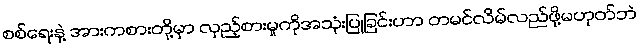
စစ်ရေးနဲ့ အားကစားတို့မှာ လှည့်စားမှုကိုအသုံးပြုခြင်းဟာ တမင်လိမ်လည်ဖို့မဟုတ်ဘဲ